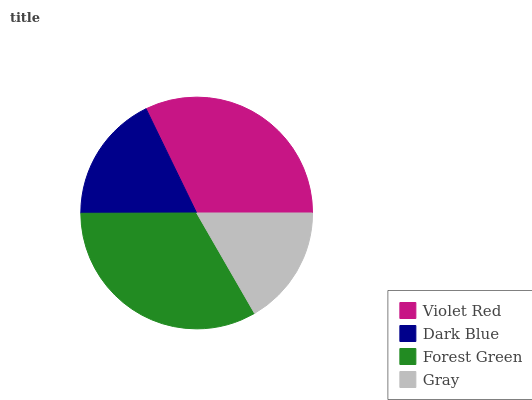
| Violet Red | Dark Blue | Forest Green | Gray |
 | --- | --- | --- | --- |
 | 32.2% | 17.8% | 33.3% | 16.7% |